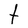
Character: t